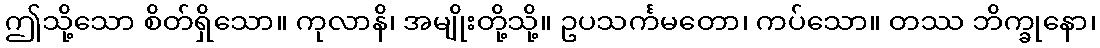
ဤသို့သော စိတ်ရှိသော။ ကုလာနိ၊ အမျိုးတို့သို့။ ဥပသင်္ကမတော၊ ကပ်သော။ တဿ ဘိက္ခုနော၊